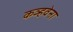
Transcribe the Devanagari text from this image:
कञ्हवेना